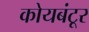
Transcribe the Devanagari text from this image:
कोयबंटूर